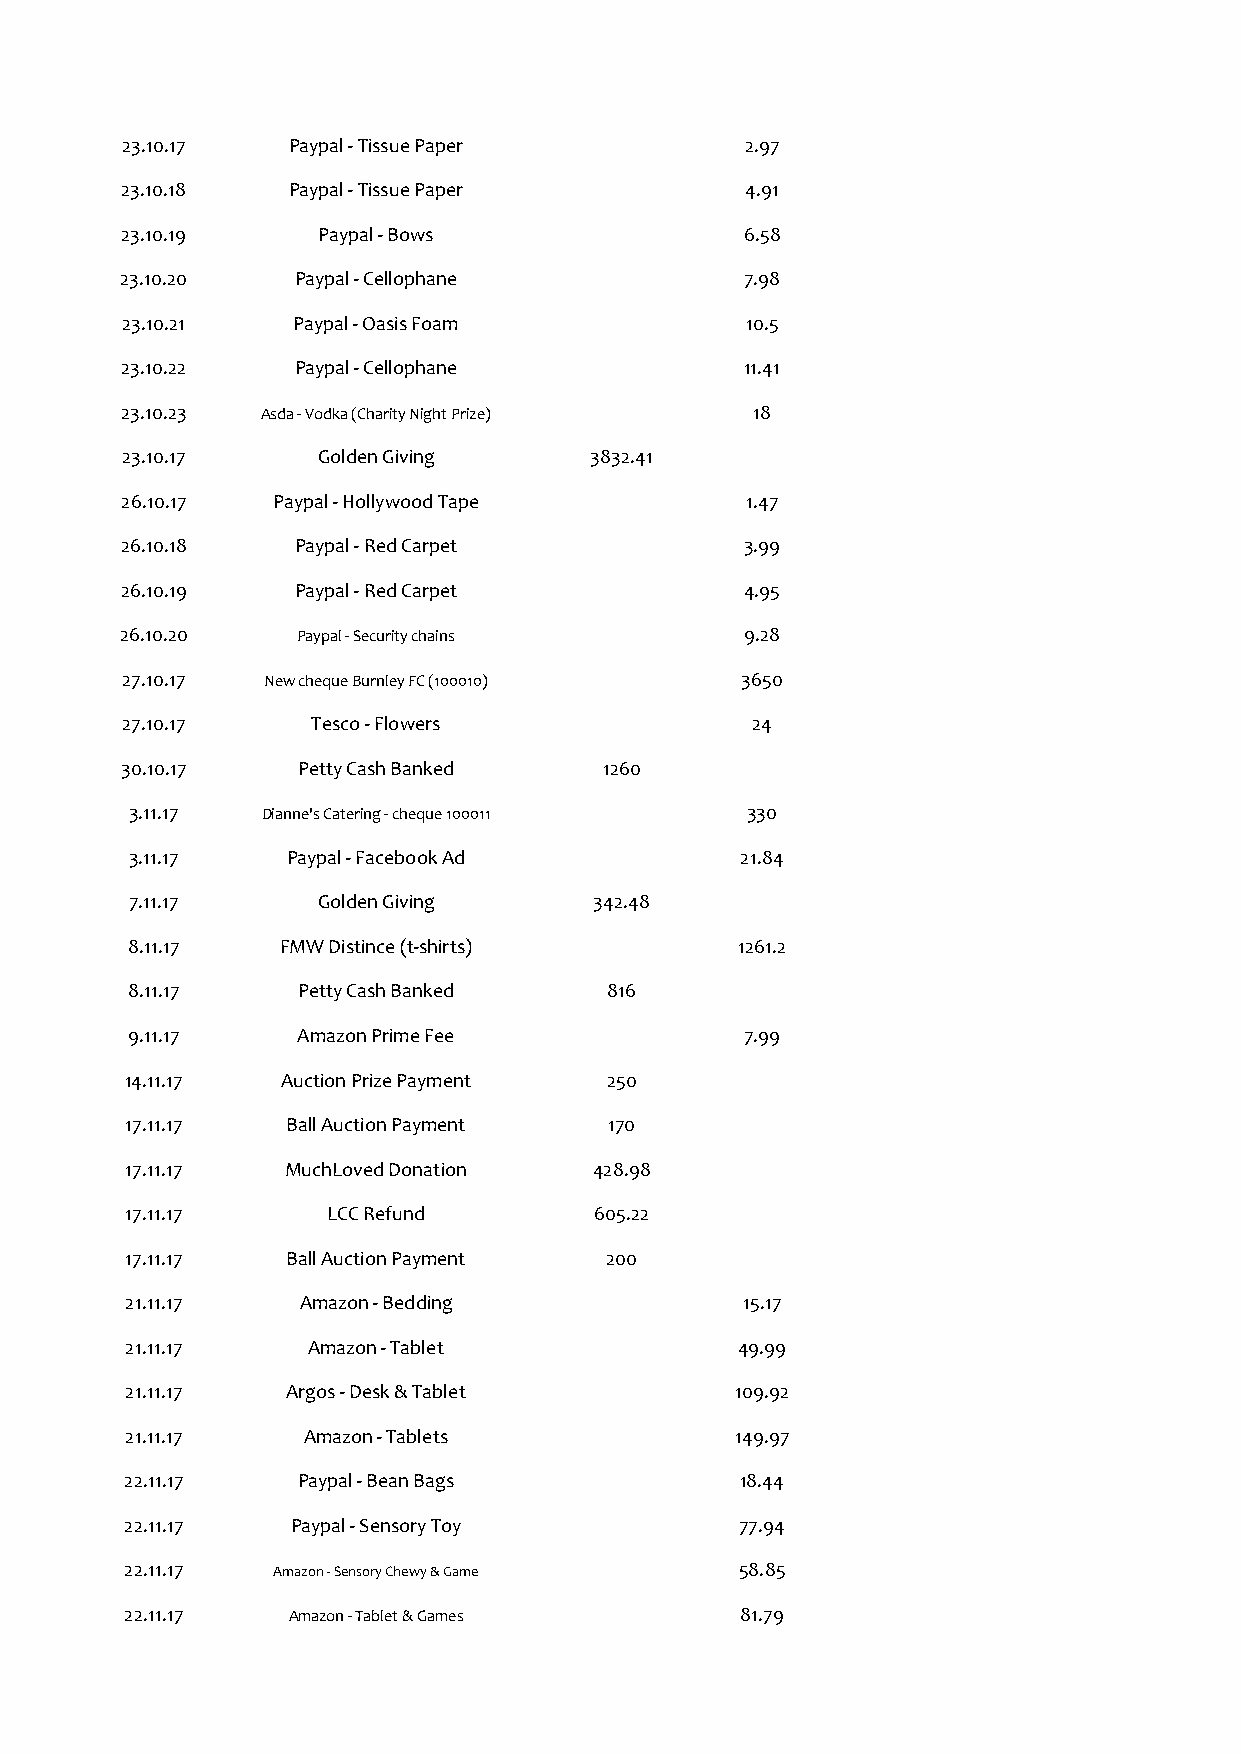
23.10.17   Paypal - Tissue Paper         2.97
 23.10.18   Paypal - Tissue Paper         4.91
 23.10.19     Paypal - Bows               6.58
 23.10.20   Paypal - Cellophane           7.98
 23.10.21   Paypal - Oasis Foam           10.5
 23.10.22   Paypal - Cellophane           11.41
 23.10.23 Asda - Vodka (Charity Night Prize) 18
 23.10.17     Golden Giving     3832.41
 26.10.17  Paypal - Hollywood Tape        1.47
 26.10.18    Paypal - Red Carpet          3.99
 26.10.19    Paypal - Red Carpet          4.95
 26.10.20    Paypal - Security chains     9.28
 27.10.17 New cheque Burnley FC (100010)  3650
 27.10.17     Tesco - Flowers              24
 30.10.17    Petty Cash Banked   1260
 3.11.17 Dianne's Catering - cheque 100011 330
 3.11.17   Paypal - Facebook Ad          21.84
 7.11.17     Golden Giving     342.48
 8.11.17    FMW Distince (t-shirts)       1261.2
 8.11.17     Petty Cash Banked   816
 9.11.17     Amazon Prime Fee             7.99
 14.11.17   Auction Prize Payment 250
 17.11.17   Ball Auction Payment 170
 17.11.17   MuchLoved Donation  428.98
 17.11.17      LCC Refund       605.22
 17.11.17   Ball Auction Payment 200
 21.11.17    Amazon - Bedding             15.17
 21.11.17    Amazon - Tablet              49.99
 21.11.17   Argos - Desk & Tablet         109.92
 21.11.17    Amazon - Tablets             149.97
 22.11.17    Paypal - Bean Bags           18.44
 22.11.17   Paypal - Sensory Toy          77.94
 22.11.17  Amazon - Sensory Chewy & Game  58.85
 22.11.17   Amazon - Tablet & Games       81.79